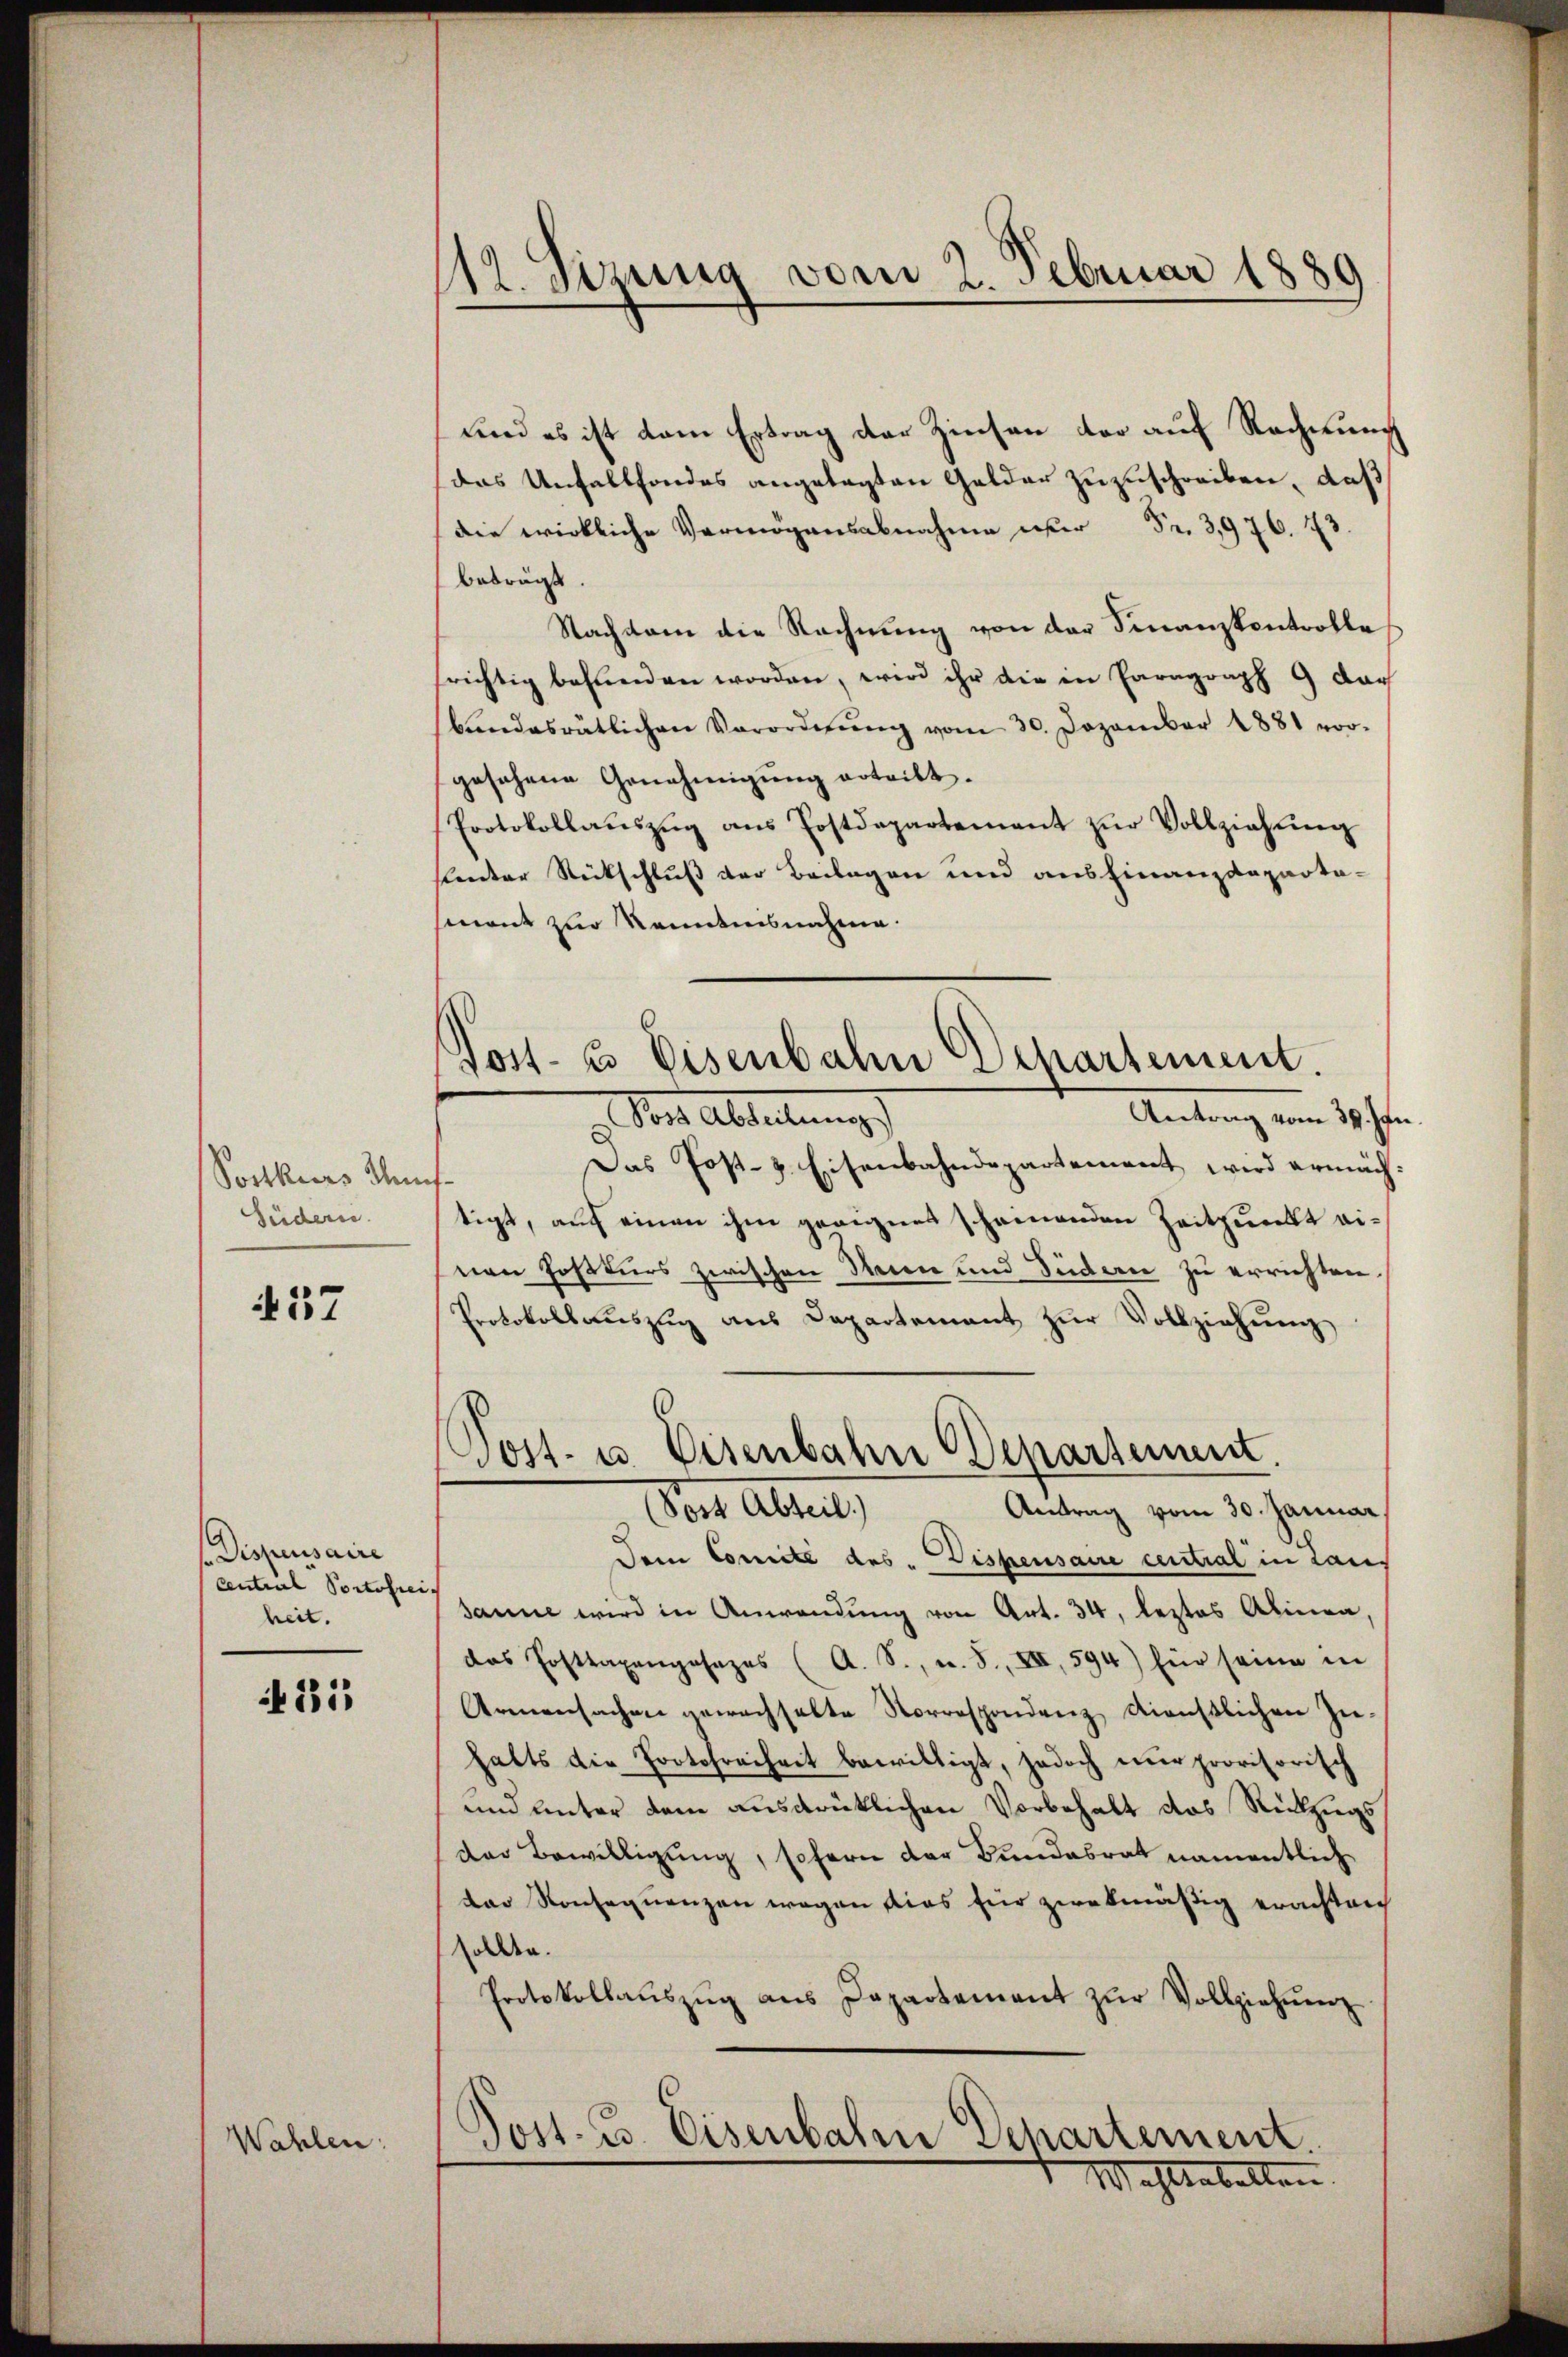
Postkurs Munt
Südern.

437

s Dispensaire
Central Portofrei.
heit.

231

Wahlen:

112. Sizung vom 2. Februar 1889

fend es ist dem Ertrag der Zinsen der auf Rechnung
das Unfallfondes angelegten Gelder zuzuschreiben, daß
die wirkliche Vermögensabnahme wer Fr. 3976. 73
beträgt.
Nachsam die Rechnung von der Finanzkontrolle
srichtig behanden worden, wird ihr die in Paragraph 9 dar
bandesrätlichen Verordnŭng vom 30. Dezember 1881 vor-
gesehene Genehmigung ertritt.
Protokollaŭszŭg aŭs Postdepartement zŭr Vollziehŭng
sandter Rückschluß der Beilagen und ausfinanzdeparta-
mont zur Kenntnisnahme.
Antrag vom 31. Js.
g. Von Abteilung
Das Post-z. Eisenbahndepartement wird ermäch
tigt, auf einen ihm geeignes scheinenden Zeitpunkt einen Joßkurs zwischen Steen und Südern zu errichten.
Protokollaŭszŭg aŭs Departement zŭr Vollziehung
Tost- u. Eisenbahn Departement.
(Post Abteil)
Antrag vom 30. Januar,
Dem Comite des Dispensaire cential in Laus
sanne wird in Anwendung von Art. 34, leztes Alinea,
das Posttaxangosazes (A. S., u. S., XII, 594) für seine in
Armensachen gewachhalte Vorrespondenz dienstlichen Zu-
halts die Protofreiheit bewilligt, jedoch nŭr provisorisch
und unter dem ausdrüklichen Vorbehalt das Rückzugs
der Bewilligung, sofern der Bundesrat namentlich
der Konsequenzen wegen dies für zwekmäßig erachtrich
sollen.
Protokollaŭszŭg ans Departement zŭr Vollziehŭng
Post. Zs. Eisenbahre Departement.
Mahltabellen

Post- u Eisenbahn Departement.